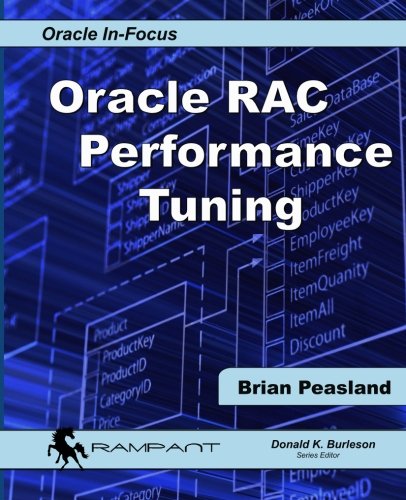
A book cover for Oracle RAC Performance Tuning (Oracle In-Focus) (Volume 50); Brian Peasland; Computers & Technology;